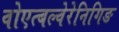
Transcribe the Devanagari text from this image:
वोएत्बल्वेरेनिगिङ